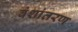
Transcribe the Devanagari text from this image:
वंशांतरण